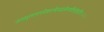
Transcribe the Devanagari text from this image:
उतामृतत्वस्येशानोयदन्नेनातिरोहति॥२॥